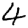
Digit: 4